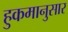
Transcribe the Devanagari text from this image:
हुकमानुसार